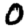
Digit: 0